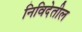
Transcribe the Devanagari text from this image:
निविदेतील